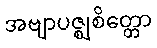
အဗျာပဇ္ဈစိတ္တော